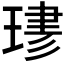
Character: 𤧎